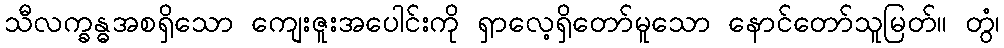
သီလက္ခန္ဓအစရှိသော ကျေးဇူးအပေါင်းကို ရှာလေ့ရှိတော်မူသော နောင်တော်သူမြတ်။ တွံ၊